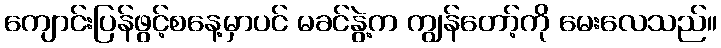
ကျောင်းပြန်ဖွင့်စနေ့မှာပင် မခင်နွဲ့က ကျွန်တော့်ကို မေးလေသည်။